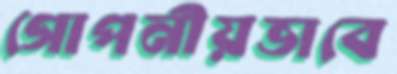
গোপনীয়ভাবে